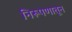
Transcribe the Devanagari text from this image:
निरूपणातून